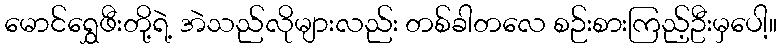
မောင်ရွှေဖီးတို့ရဲ့ အဲသည်လိုများလည်း တစ်ခါတလေ စဉ်းစားကြည့်ဦးမှပေါ့။